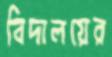
বিদালয়ের